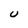
Character: U